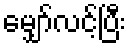
မျှော်လင့်ပြီး